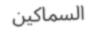
السماكين